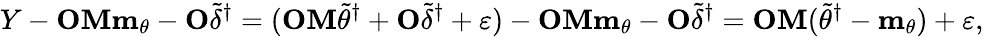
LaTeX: Y-\mathbf{O}\mathbf{M}\mathbf{m}_{\theta}-\mathbf{O}\widetilde{\delta}^{\dagger}=(\mathbf{O}\mathbf{M}\widetilde{\theta}^{\dagger}+\mathbf{O}\widetilde{\delta}^{\dagger}+\varepsilon)-\mathbf{O}\mathbf{M}\mathbf{m}_{\theta}-\mathbf{O}\widetilde{\delta}^{\dagger}=\mathbf{O}\mathbf{M}(\widetilde{\theta}^{\dagger}-\mathbf{m}_{\theta})+\varepsilon,